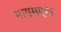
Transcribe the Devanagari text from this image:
मायसम्मा